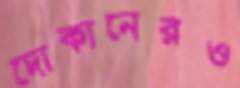
দোকানেরও